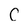
Character: C